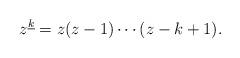
LaTeX: \begin{align*}z^{\underline{k}}=z(z-1)\cdots (z-k+1).\end{align*}